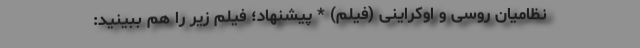
نظامیان روسی و اوکراینی (فیلم) * پیشنهاد؛ فیلم‌ زیر را هم ببینید: